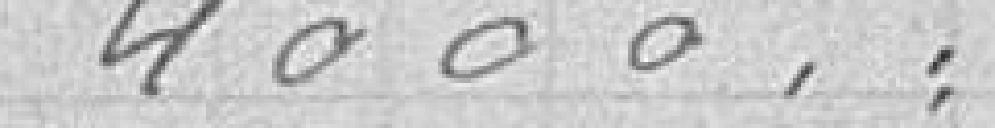
4000,"